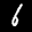
Label: 6